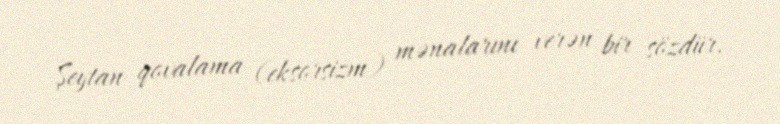
Şeytan qovalama (eksorsizm) mənalarını verən bir sözdür.